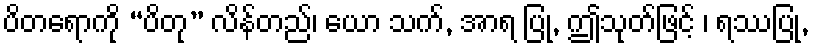
ပိတရောကို “ပိတု” လိန်တည်၊ ယော သက်, အာရ ပြု, ဤသုတ်ဖြင့် ၊ ရဿပြု,